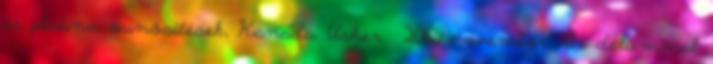
és platina minősítések, Kanada, Usher. 2010. november 22-i dátummal